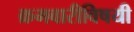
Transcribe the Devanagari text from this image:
क्रमवारीविषयी